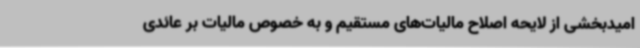
امیدبخشی از لایحه اصلاح مالیات‌های مستقیم و به خصوص مالیات بر عائدی